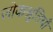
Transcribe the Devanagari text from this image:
लोकश्रुतियाँ